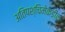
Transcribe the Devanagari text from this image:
अतिपश्चिमेकडील